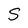
Character: S